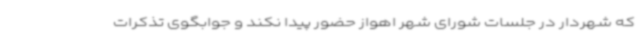
که شهردار در جلسات شورای شهر اهواز حضور پیدا نکند و جوابگوی تذکرات